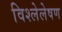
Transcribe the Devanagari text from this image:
विश्लेलेषण